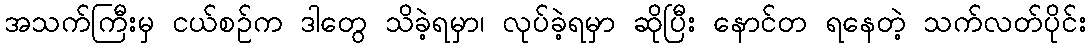
အသက်ကြီးမှ ငယ်စဉ်က ဒါတွေ သိခဲ့ရမှာ၊ လုပ်ခဲ့ရမှာ ဆိုပြီး နောင်တ ရနေတဲ့ သက်လတ်ပိုင်း